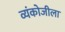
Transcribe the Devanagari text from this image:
व्यंकोजीला